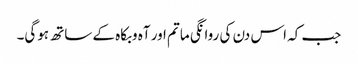
جب کہ اس دن کی روانگی ماتم اور آہ وبکاہ کے ساتھ ہوگی۔